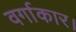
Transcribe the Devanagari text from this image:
वर्गाकार।